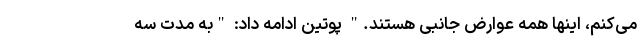
می‌کنم، اینها همه عوارض جانبی هستند." پوتین ادامه داد: "به مدت سه